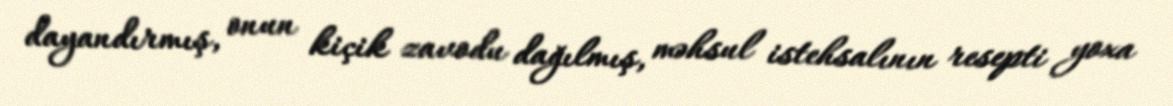
dayandırmış, onun kiçik zavodu dağılmış, məhsul istehsalının resepti yoxa